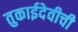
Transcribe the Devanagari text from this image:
तुकाईदेवीची